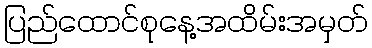
ပြည်ထောင်စုနေ့အထိမ်းအမှတ်